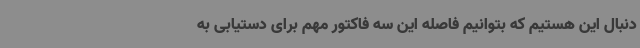
دنبال این هستیم که بتوانیم فاصله این سه فاکتور مهم برای دستیابی به